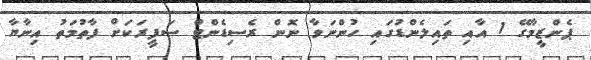
ޕެންޒީމާގޭ 1 އާއި ތައިލެންޑުގައި ހުންނަވާ ނޮން ރެސިޑެންޓް ސަފީރަކަށް ފާތުމަތު އިނާޔާ